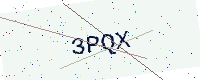
Text: 3PQX